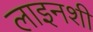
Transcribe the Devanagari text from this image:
लाइनशी